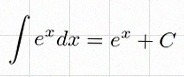
\int e^x dx=e^x+C